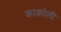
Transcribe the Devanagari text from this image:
काकोली